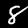
Digit: 8